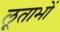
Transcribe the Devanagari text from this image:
लूताभों